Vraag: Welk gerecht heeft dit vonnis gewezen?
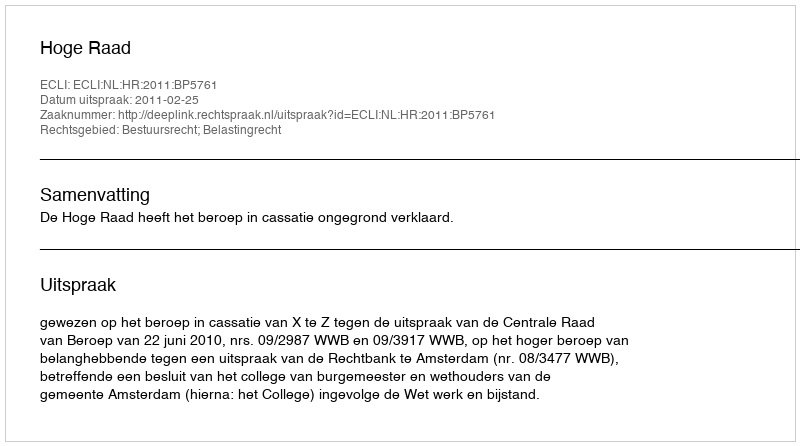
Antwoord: Hoge Raad